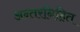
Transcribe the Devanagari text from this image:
अन्तरनिहित